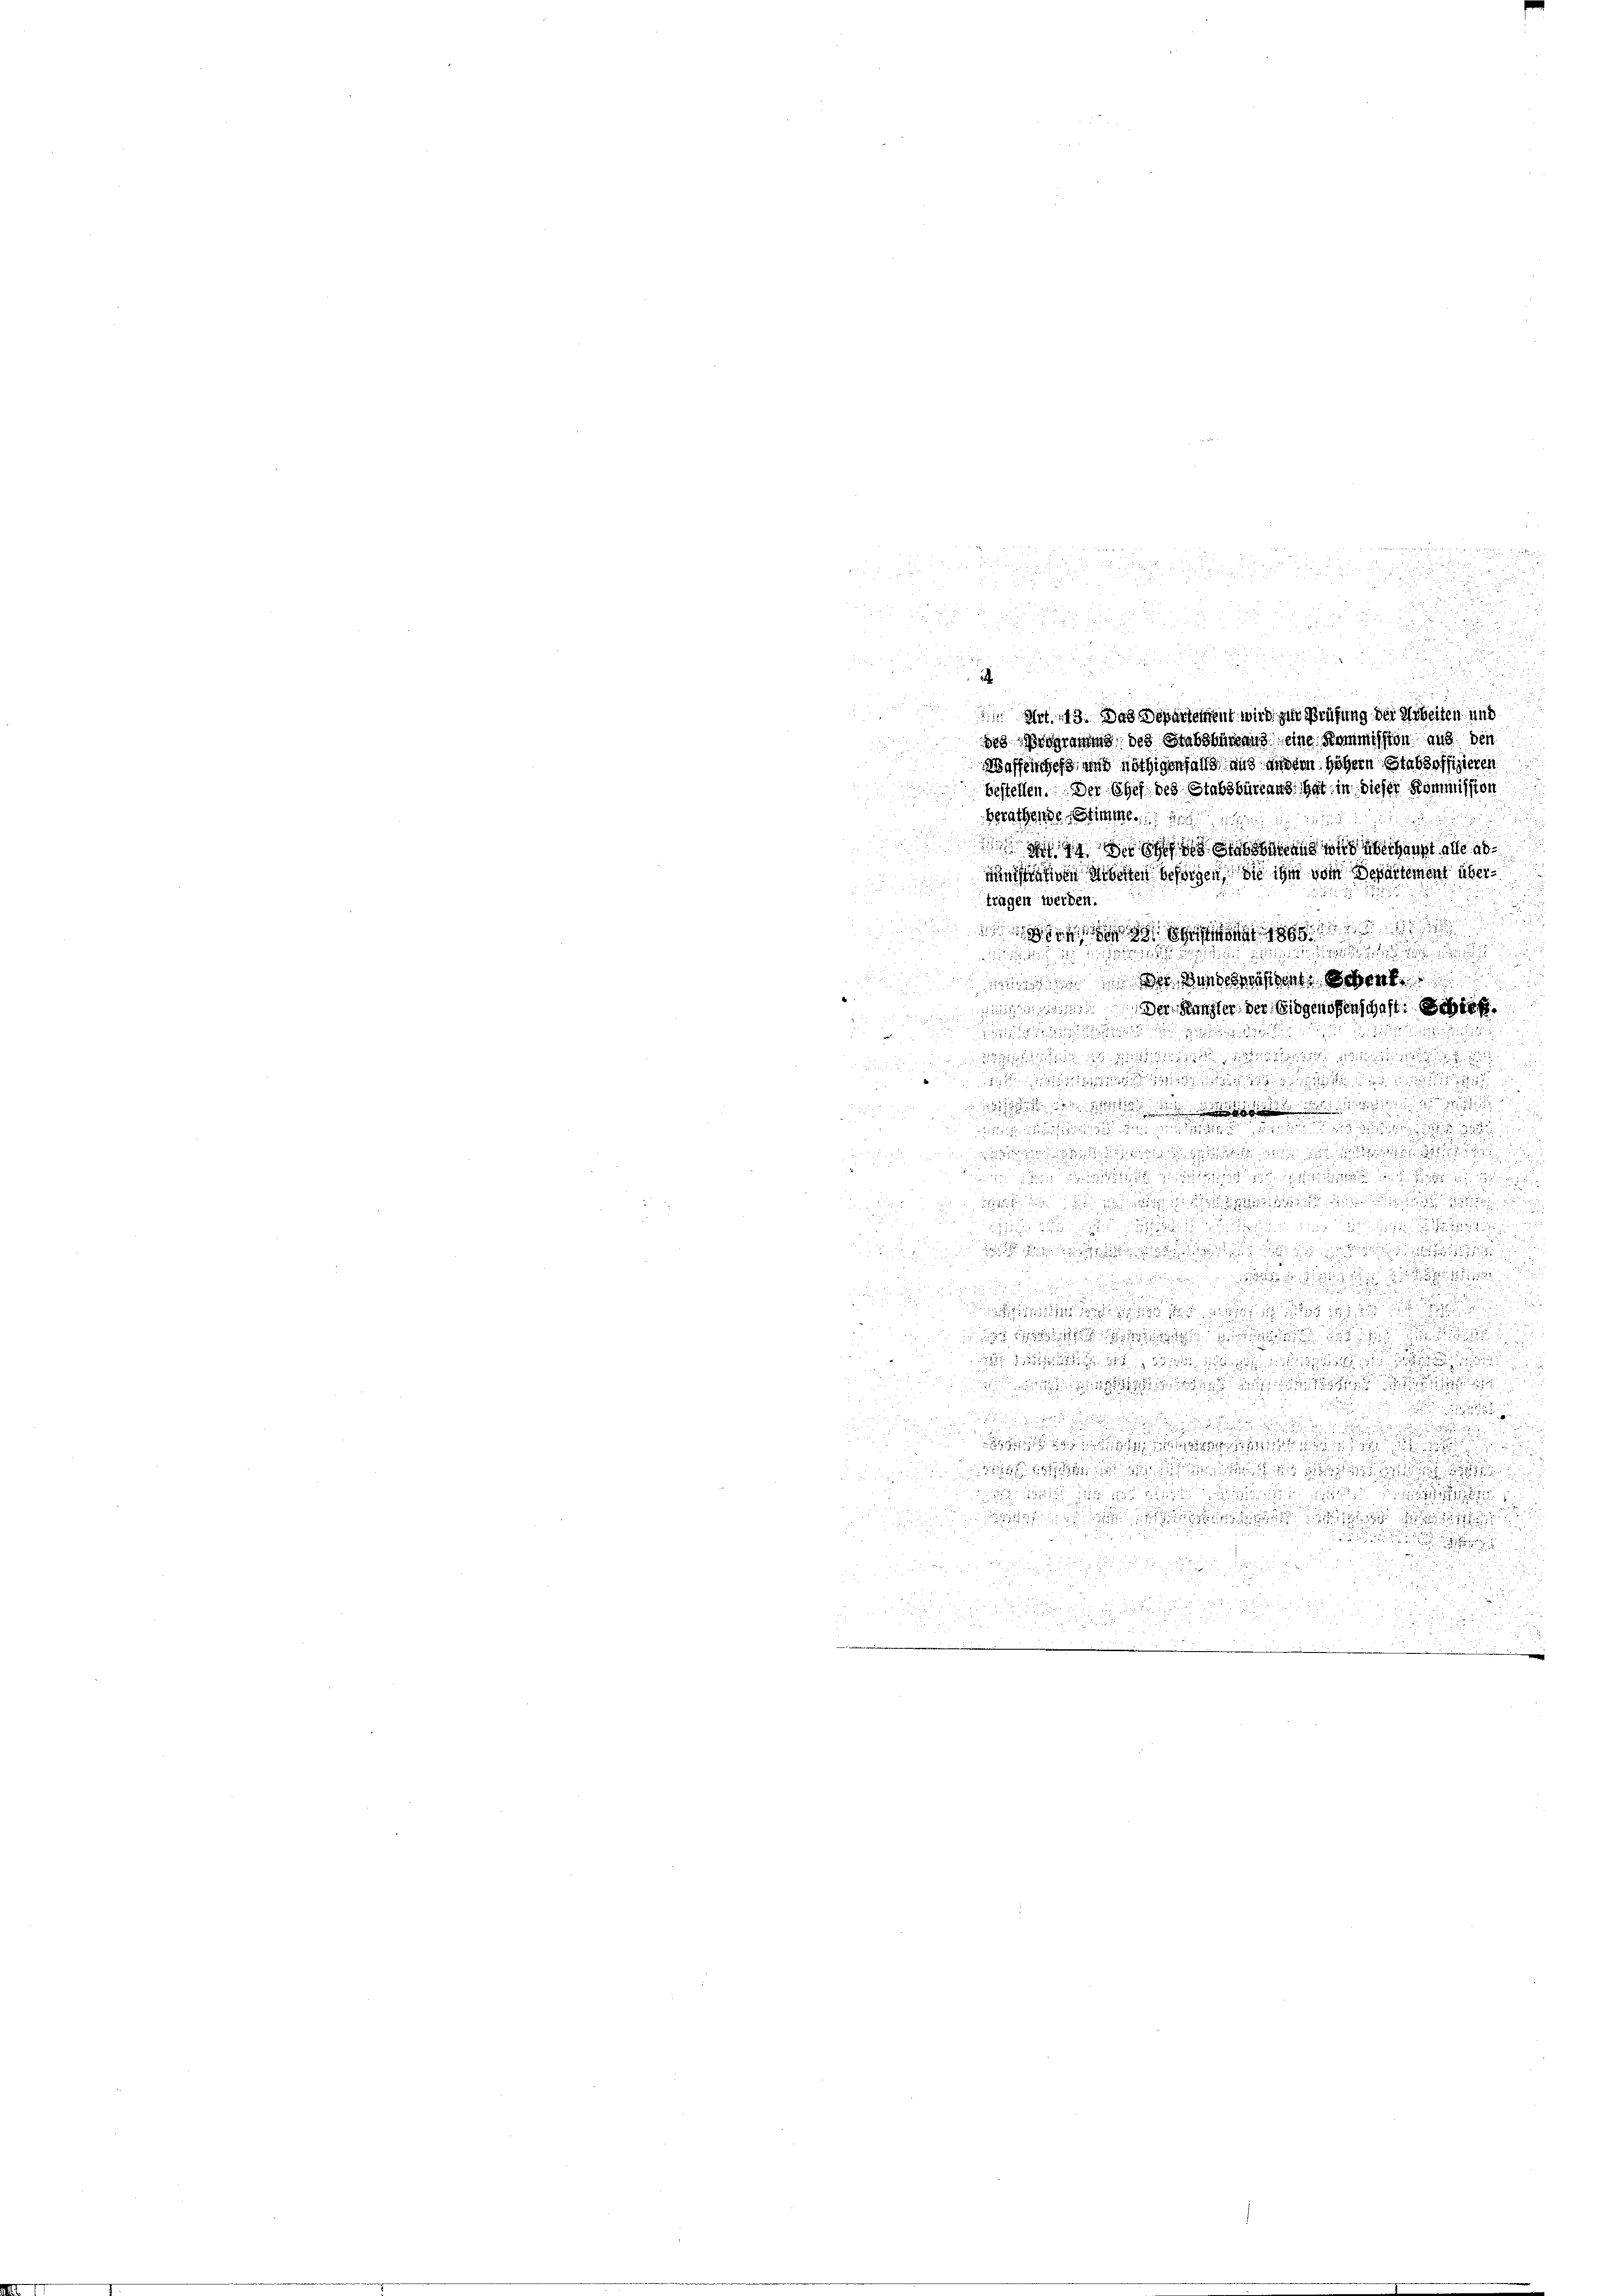
2 45 x

 xxx

u
 2

2

8

f 8 x
2

bestellen. Der Chef des Stabsbureaus hat in dieser Kommission
berathende Stimme.
 c de so sehen und überhaupt alle abministrativen Machten besorgen sie ihm von Departement übertragen werden.

.
  der den das ent
de Nachter der Eidgenoßenschaft gef
d

i

n

 2

.
.

e
 von den
.
u

u un

d

d

  .  2

.
u

 ich de

s

.

5
d

.

25

i
.
di

d

 Art. 13. Das Departement wird zur Prüfung der Arbeiten und
desiden des Stabsburgung eine Kommission aus den
Waffeliches und nöthigenfalls und andern höhern Stabsoffizieren